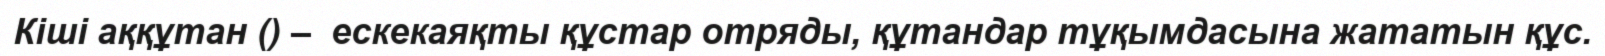
Кіші аққұтан () –  ескекаяқты құстар отряды, құтандар тұқымдасына жататын құс.